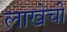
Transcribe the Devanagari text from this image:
लाखेची